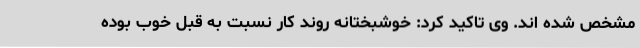
مشخص شده اند. وی تاکید کرد: خوشبختانه روند کار نسبت به قبل خوب بوده